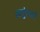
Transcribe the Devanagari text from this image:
आगुंतकों